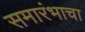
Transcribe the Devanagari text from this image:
समारंभाचा